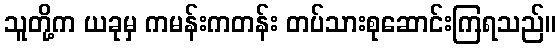
သူတို့က ယခုမှ ကမန်းကတန်း တပ်သားစုဆောင်းကြရသည်။